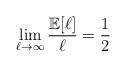
LaTeX: \begin{align*}\lim\limits_{\ell\rightarrow\infty}\dfrac{\mathbb{E}[\ell]}{\ell}=\dfrac{1}{2}\end{align*}